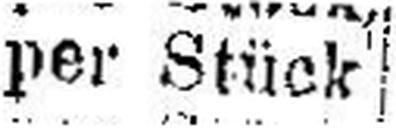
per Stück